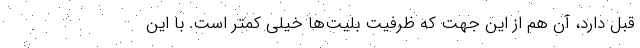
قبل دارد، آن هم از این جهت که ظرفیت بلیت‌ها خیلی کمتر است. با این